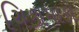
ચિકામાકા